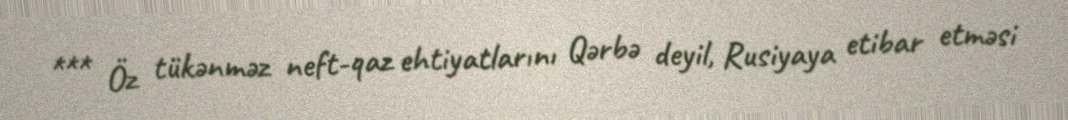
*** Öz tükənməz neft-qaz ehtiyatlarını Qərbə deyil, Rusiyaya etibar etməsi